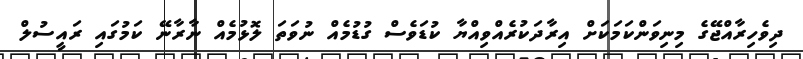
ދިވެހިރާއްޖޭގެ މިނިވަންކަމަކަށް އިރާދަކުރެއްވިއްޔާ ކުޑަވެސް ގުޑުމެއް ނުވަތަ ލޮޅުމެއް ނާރާނޭ ކަމުގައި ރައީސުލް